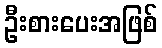
ဦးစားပေးအဖြစ်